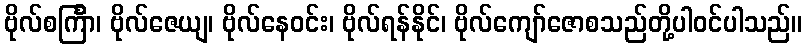
ဗိုလ်စင်္ကြာ၊ ဗိုလ်ဇေယျ၊ ဗိုလ်နေဝင်း၊ ဗိုလ်ရန်နိုင်၊ ဗိုလ်ကျော်ဇောစသည်တို့ပါဝင်ပါသည်။